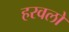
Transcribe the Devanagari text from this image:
हरवलो